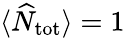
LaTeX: \langle\widehat{N}_{\textnormal{tot}}\rangle=1